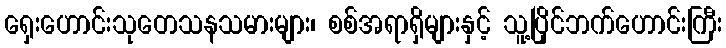
ရှေးဟောင်းသုတေသနသမားများ၊ စစ်အရာရှိများနှင့် သူ့ပြိုင်ဘက်ဟောင်းကြီး